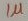
Text: 1µ